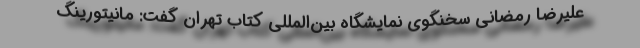
علیرضا رمضانی سخنگوی نمایشگاه بین‌المللی کتاب تهران گفت: مانیتورینگ